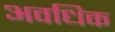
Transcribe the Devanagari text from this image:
अवधिक